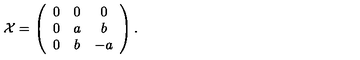
{ \cal X } = \left( \begin{array} { c c c } { 0 } & { 0 } & { 0 } \\ { 0 } & { a } & { b } \\ { 0 } & { b } & { - a } \\ \end{array} \right) .